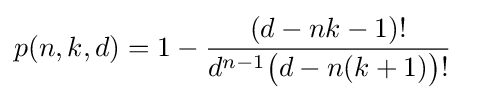
{\begin{aligned}p(n,k,d)&=1-{\frac {(d-nk-1)!}{d^{n-1}{\bigl (}d-n(k+1){\bigr )}!}}\end{aligned}}